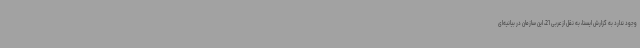
وجود ندارد به گزارش ایسنا، به نقل از عربی 21، این سازمان در بیانیه‌ای